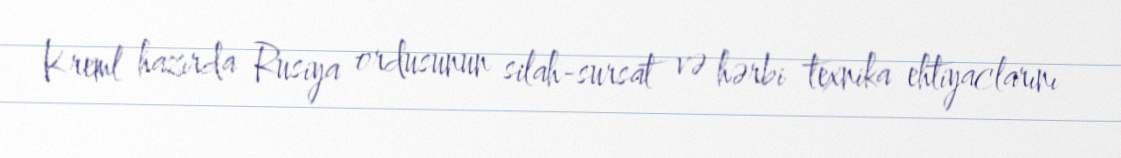
Kreml hazırda Rusiya ordusunun silah-sursat və hərbi texnika ehtiyaclarını